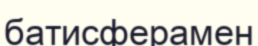
батисферамен